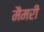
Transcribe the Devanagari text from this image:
मैमरी